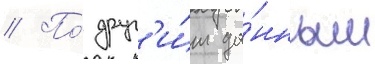
// По́ друг'и́м да́нным